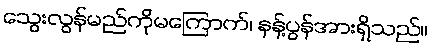
သွေးလွန်မည်ကိုမကြောက်၊ နန့်ပွန်အားရှိသည်။